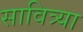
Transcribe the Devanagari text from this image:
सावित्र्या